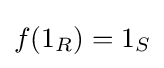
f(1_{R})=1_{S}